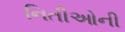
નિતીઓની